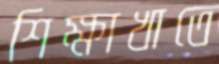
শিক্ষাখাতে